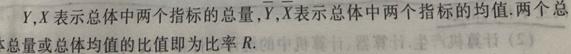
$Y,X$表示总体中两个指标的总量,$\overline{Y},\overline{X}$表示总体中两个指标的均值.两个总体总量或总体均值的比值即为比率$R$.